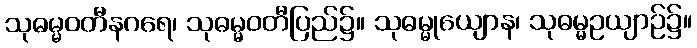
သုဓမ္မဝတီနဂရေ၊ သုဓမ္မဝတီပြည်၌။ သုဓမ္မုယျောန၊ သုဓမ္မဥယျာဉ်၌။